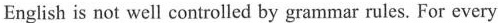
English is not well controlled by grammar rules. For every